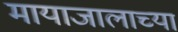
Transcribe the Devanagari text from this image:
मायाजालाच्या